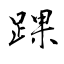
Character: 踝